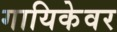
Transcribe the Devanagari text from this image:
गायिकेवर